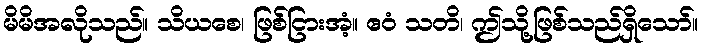
မိမိအလိုသည်။ သိယစေ၊ ဖြစ်ငြားအံ့။ ဧဝံ သတိ၊ ဤသို့ဖြစ်သည်ရှိသော်။